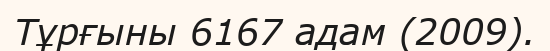
Тұрғыны 6167 адам (2009).